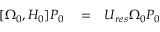
\begin{array} { r l r } { [ \Omega _ { 0 } , H _ { 0 } ] P _ { 0 } } & { { } = } & { U _ { r e s } \Omega _ { 0 } P _ { 0 } } \end{array}